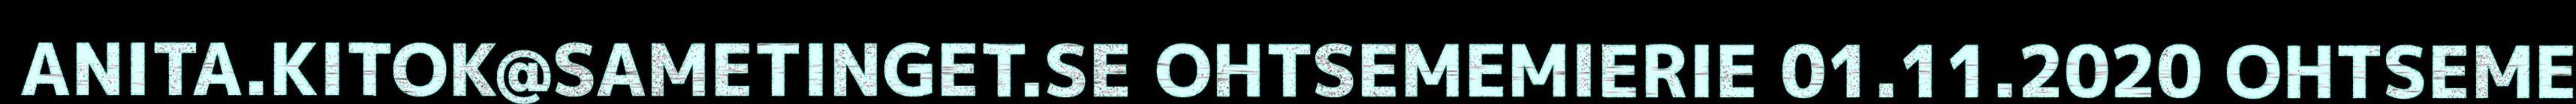
ANITA.KITOK@SAMETINGET.SE OHTSEMEMIERIE 01.11.2020 OHTSEME